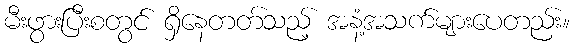
မီးဖွားပြီးစတွင် ရှိနေတတ်သည့် အနံ့အသက်များပေတည်း။